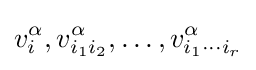
v_{i}^{\alpha },v_{i_{1}i_{2}}^{\alpha },\ldots ,v_{i_{1}\cdots i_{r}}^{\alpha }